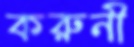
করুনী